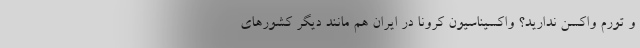
و تورم واکسن ندارید؟ واکسیناسیون کرونا در ایران هم مانند دیگر کشورهای